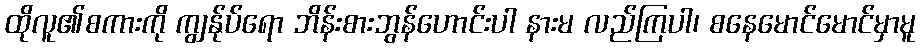
ထိုလူ၏စကားကို ကျွန်ုပ်ရော ဘိန်းစားဘွန်ဟောင်းပါ နားမ လည်ကြပါ၊ စနေမောင်မောင်မှာမူ